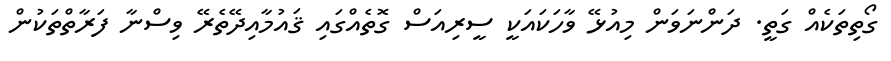
ގޯތިތަކެއް ގަތީ. ދަންނަވަން މިއުޅޭ ވާހަކައަކީ ސީރިއަސް ގޮތެއްގައި ޤައުމާއިދޭތެރޭ ވިސްނާ ފަރާތްތަކުން